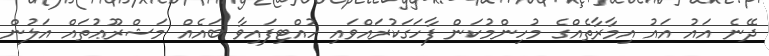
ދޭނެ އައު އައު އިމާރާތެއްގެ މުހިންމުކަން ފާހަގަކުރައްވައި ހުއްޓިފައިވާ ބައެއް މަޝްރޫޢުތައް އަލުން